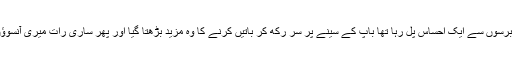
میرے اندر جو برسوں سے ایک احساس پل رہا تھا باپ کے سینے پر سر رکھ کر باتیں کرنے کا وہ مزید بڑھتا گیا اور پھر ساری رات میری آنسوؤں میں کٹ گئی۔